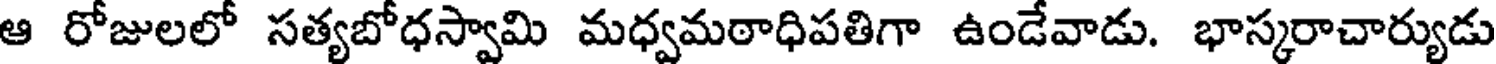
ఆ రోజులలో సత్యబోధస్వామి మధ్వమఠాధిపతిగా ఉండేవాడు. భాస్కరాచార్యుడు